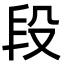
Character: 段